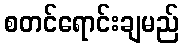
စတင်ရောင်းချမည်